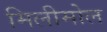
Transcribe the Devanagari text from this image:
मिलीमोल